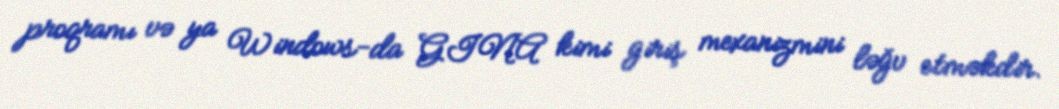
proqramı və ya Windows-da GINA kimi giriş mexanizmini ləğv etməkdir.